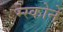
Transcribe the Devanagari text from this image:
म्स्कोने